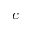
c